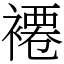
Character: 褼